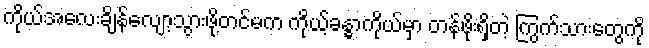
ကိုယ်အလေးချိန်လျော့သွားဖို့တင်မက ကိုယ့်ခန္ဓာကိုယ်မှာ တန်ဖိုးရှိတဲ့ ကြွက်သားတွေကို